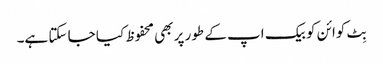
بِٹ کوائن کو بیک اپ کے طور پر بھی محفوظ کیا جا سکتا ہے۔